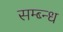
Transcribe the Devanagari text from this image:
सम्ब्न्ध